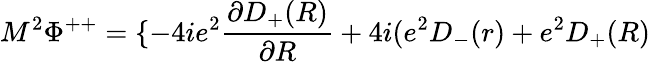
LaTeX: M^{2}{\Phi}^{++}=\{ -4ie^{2}\frac{{\partial}D_{+}(R)}{{\partial}R}+4i(e^{2}D_{-}(r)+e^{2}D_{+}(R)